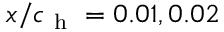
x / c _ { \mathrm { ~ h ~ } } = 0 . 0 1 , 0 . 0 2